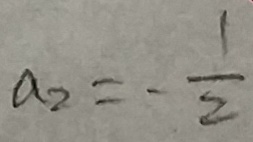
a _ { 2 } = - \frac { 1 } { 2 }